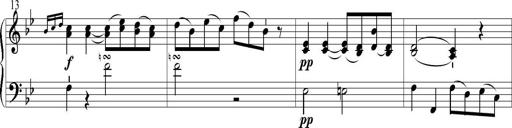
Title: 6 Leichte Sonatinen, Teil 1
Composer: F. Sigismund Sander